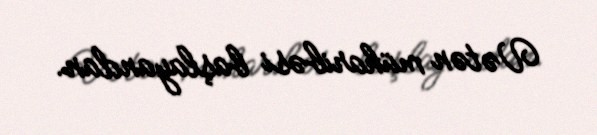
Vətən müharibəsi başlayandan.